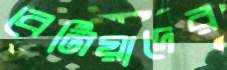
বেনিয়াদের